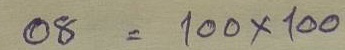
08 = 100 x 100